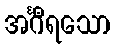
အင်္ဂီရသော